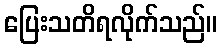
ပြေးသတိရလိုက်သည်။